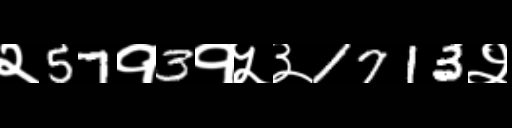
Text: २57१3१५३1713२